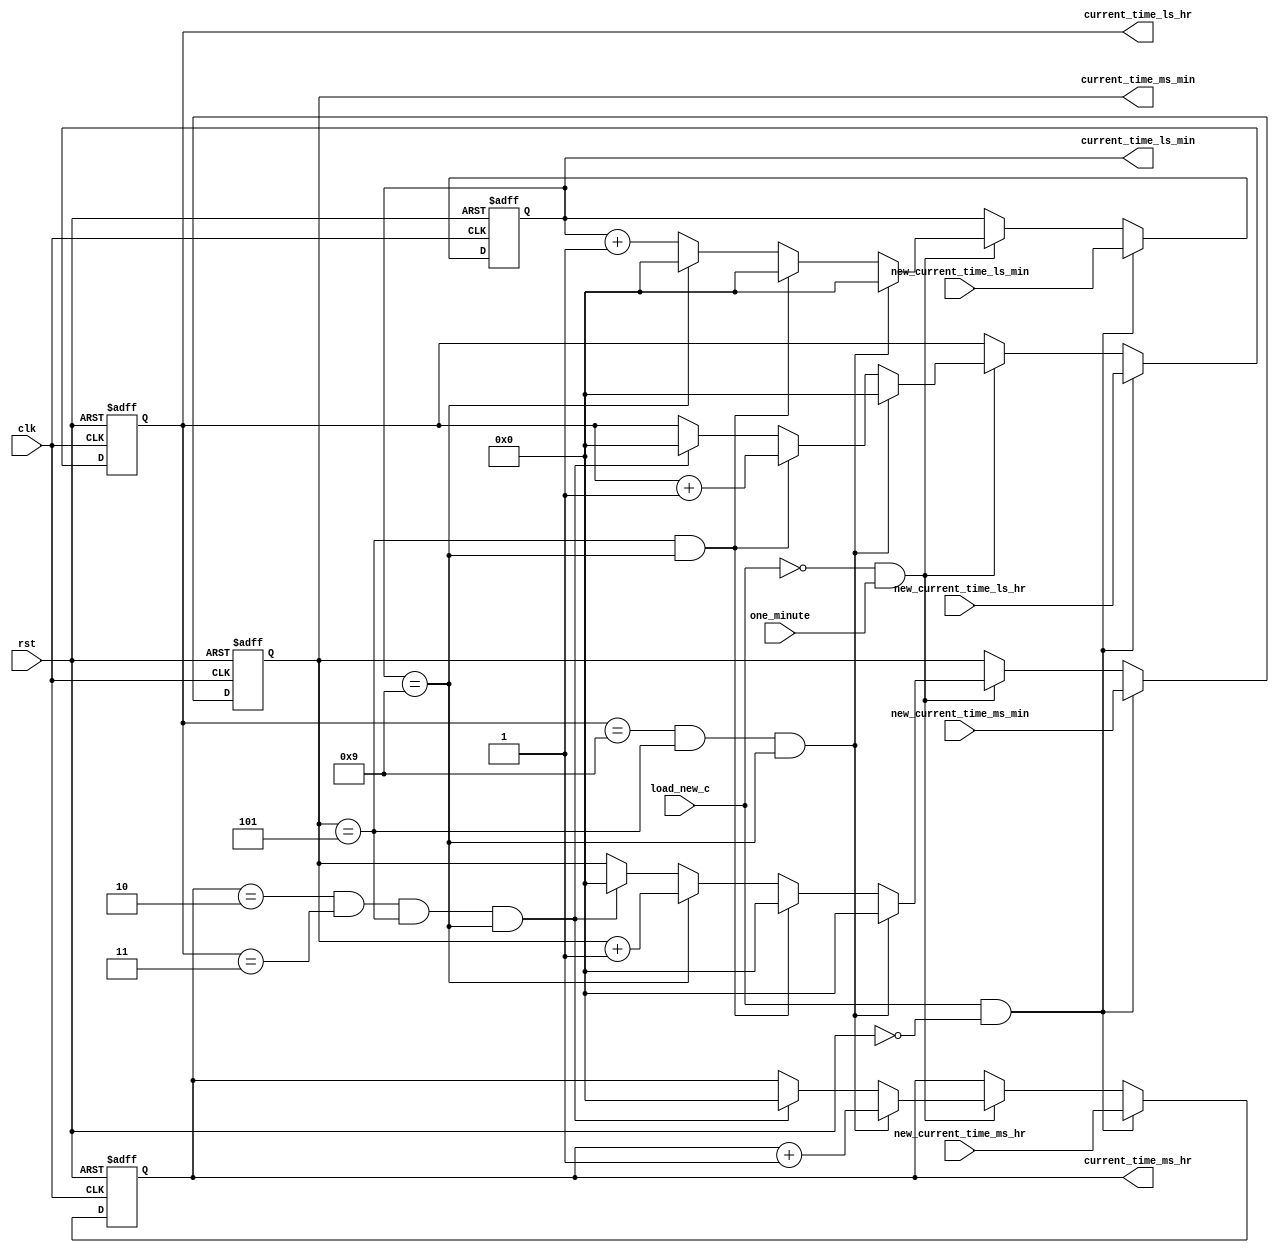
module aclk_counter (
    input clk, rst, one_minute, load_new_c,
    input[3:0] new_current_time_ms_hr,
               new_current_time_ms_min,
               new_current_time_ls_hr,
               new_current_time_ls_min,
    output reg[3:0] current_time_ms_hr,
                    current_time_ms_min,
                    current_time_ls_hr,
                    current_time_ls_min
);

    // defining additional regs was redundant!

    // reg[3:0] ls_min, ms_min, ls_hr, ms_hr;

    // always @(posedge clk) begin
    //     if(one_minute) begin
    //         if(ms_hr == 4'd2 && ls_hr == 4'd3 && ms_min == 4'd5 && ls_min == 4'd9) begin
    //             ls_min <= 4'b0;
    //             ms_min <= 4'b0;
    //             ls_hr <= 4'b0;
    //             ms_hr <= 4'd0;
    //         end

    //         if(ls_hr == 4'd9 && ms_min == 4'd5 && ls_min == 4'd9) begin
    //             ls_min <= 4'b0;
    //             ms_min <= 4'b0;
    //             ls_hr <= 4'b0;
    //             ms_hr <= ms_hr + 1'b1;
    //         end

    //         else if(ms_min == 4'd5 && ls_min == 4'd9) begin
    //             ls_min <= 4'b0;
    //             ms_min <= 4'b0;
    //             ls_hr <= ls_hr + 1'b1;
    //         end

    //         else if(ls_min == 4'd9) begin
    //             ls_min <= 4'b0;
    //             ms_min <= ms_min + 1'b1;
    //         end

    //         else ls_min <= ls_min + 1'b1;
    //     end
    // end

    always @(posedge clk, posedge rst) begin
        if(rst) begin
            {current_time_ms_hr,
            current_time_ms_min,
            current_time_ls_hr,
            current_time_ls_min} <= 16'b0;
        end

        else if(load_new_c & !rst) begin
            current_time_ms_hr <= new_current_time_ms_hr;
            current_time_ms_min <= new_current_time_ms_min;
            current_time_ls_hr <= new_current_time_ls_hr;
            current_time_ls_min <= new_current_time_ls_min;

            // ms_hr <= new_current_time_ms_hr;
            // ms_min <= new_current_time_ms_min;
            // ls_hr <= new_current_time_ls_hr;
            // ls_min <= new_current_time_ls_min;
        end

        else if(!load_new_c & one_minute) begin
            // current_time_ms_hr <= ms_hr;
            // current_time_ms_min <= ms_min;
            // current_time_ls_hr <= ls_hr;
            // current_time_ls_min <= ls_min;

            if(current_time_ms_hr == 4'd2 && current_time_ls_hr == 4'd3 && current_time_ms_min == 4'd5 && current_time_ls_min == 4'd9) begin
                current_time_ls_min <= 4'b0;
                current_time_ms_min <= 4'b0;
                current_time_ls_hr <= 4'b0;
                current_time_ms_hr <= 4'd0;
            end

            if(current_time_ls_hr == 4'd9 && current_time_ms_min == 4'd5 && current_time_ls_min == 4'd9) begin
                current_time_ls_min <= 4'b0;
                current_time_ms_min <= 4'b0;
                current_time_ls_hr <= 4'b0;
                current_time_ms_hr <= current_time_ms_hr + 1'b1;
            end

            else if(current_time_ms_min == 4'd5 && current_time_ls_min == 4'd9) begin
                current_time_ls_min <= 4'b0;
                current_time_ms_min <= 4'b0;
                current_time_ls_hr <= current_time_ls_hr + 1'b1;
            end

            else if(current_time_ls_min == 4'd9) begin
                current_time_ls_min <= 4'b0;
                current_time_ms_min <= current_time_ms_min + 1'b1;
            end

            else current_time_ls_min <= current_time_ls_min + 1'b1;

            end
        end
    
    
endmodule